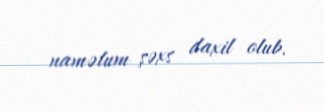
naməlum şəxs daxil olub.